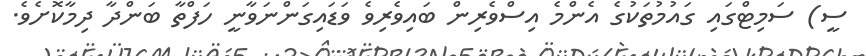
ސީ) ސަމިޓްގައި ގައުމުތަކުގެ އެންމެ އިސްވެރިން ބައިވެރިވެ ވަޑައިގަންނަވާނީ ހަފްތާ ބަންދާ ދިމާކޮށެވެ.